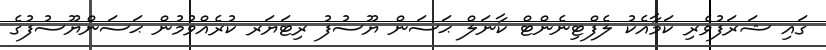
ގައި ޝަރަފުވެރި ކަމާއެކު ލެފްޓިނެންޓް ކާނަލް ޙަސަން ޔޫސުފުު ރިޓަޔަރ ކުރެއްވުމުން ޙަސަންޔޫސުފުގެ